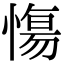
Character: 慯